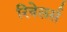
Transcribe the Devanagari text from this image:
रिवेलर्स